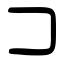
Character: コ